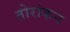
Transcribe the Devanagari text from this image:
तोरांकन